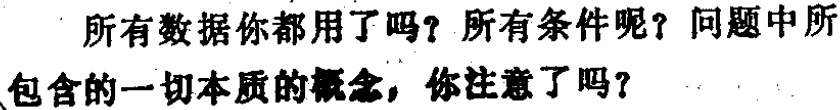
所有数据你都用了吗？所有条件呢？问题中所包含的一切本质的概念，你注意了吗？